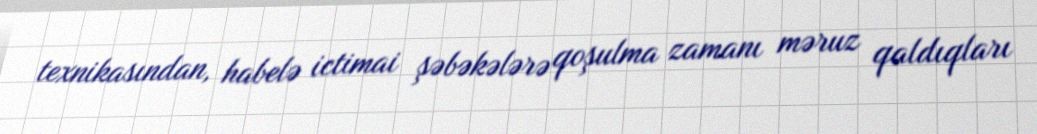
texnikasından, habelə ictimai şəbəkələrə qoşulma zamanı məruz qaldıqları